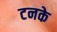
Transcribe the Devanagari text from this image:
टनके